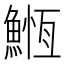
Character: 䱭